Problem: 3 × 6 = ?
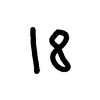
Handwritten answer: 18